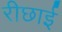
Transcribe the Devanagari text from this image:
रीछाई